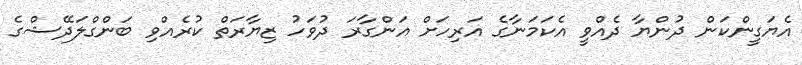
އެޔަގީންކަން ދުންޔާ ދެއްވީ އެކަމަނާގެ އަރިހަށް އަންގާރަ ދުވަހު ޒިޔާރަތް ކުރެއްވި ބަންގްލަދޭޝްގެ